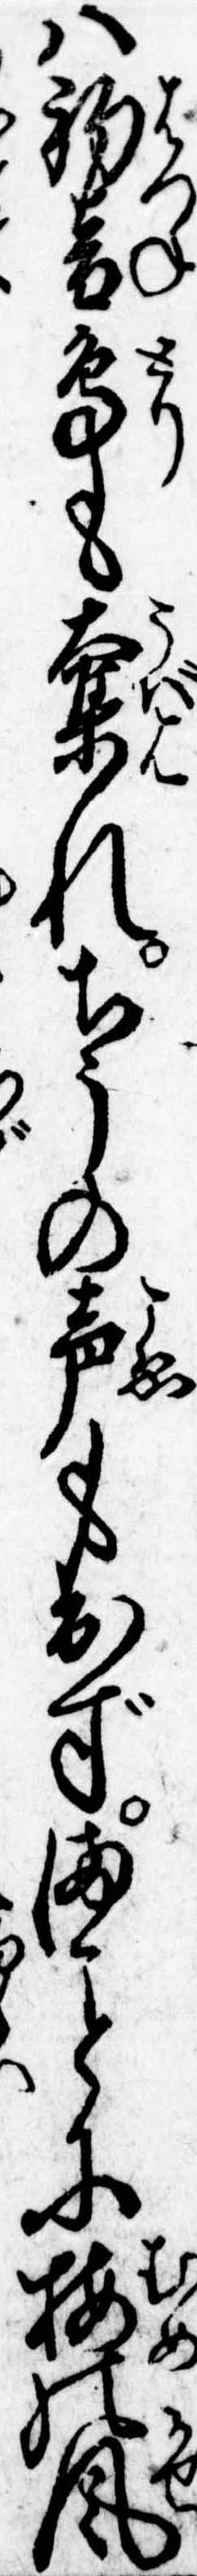
は初音鳥も奪れちうの声も出ずまに梅の風